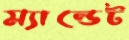
ম্যান্ডেট